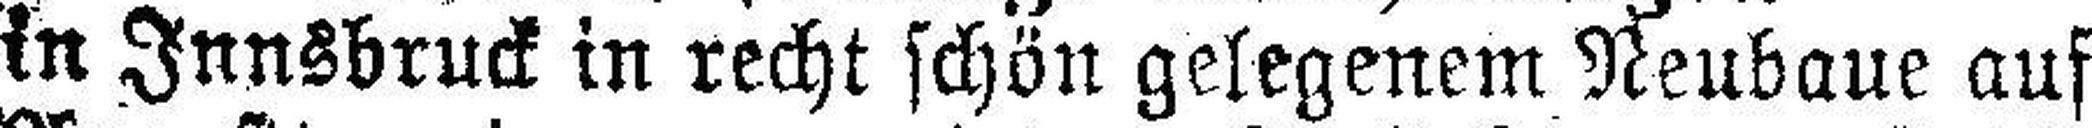
in Innsbruck in recht schön gelegenem Neubaue auf